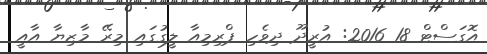
އޮގަސްޓް 18 2016: އުރީދޫ ދިވެހި ޕްރިމިއާ ލީގުގައި މިރޭ މާޒިޔާ އާއީ